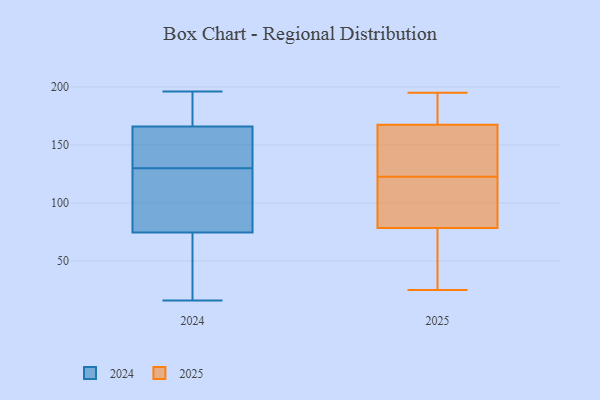
{"axis": {"x": "Latency (ms)", "y": "Value"}, "legend": ["2024", "2025"], "data": [{"x": "", "y": 94, "type": "2024"}, {"x": "", "y": 183, "type": "2024"}, {"x": "", "y": 174, "type": "2024"}, {"x": "", "y": 25, "type": "2024"}, {"x": "", "y": 196, "type": "2024"}, {"x": "", "y": 104, "type": "2024"}, {"x": "", "y": 156, "type": "2024"}, {"x": "", "y": 130, "type": "2024"}, {"x": "", "y": 55, "type": "2024"}, {"x": "", "y": 130, "type": "2024"}, {"x": "", "y": 158, "type": "2024"}, {"x": "", "y": 16, "type": "2024"}, {"x": "", "y": 117, "type": "2025"}, {"x": "", "y": 174, "type": "2025"}, {"x": "", "y": 129, "type": "2025"}, {"x": "", "y": 128, "type": "2025"}, {"x": "", "y": 75, "type": "2025"}, {"x": "", "y": 194, "type": "2025"}, {"x": "", "y": 192, "type": "2025"}, {"x": "", "y": 80, "type": "2025"}, {"x": "", "y": 161, "type": "2025"}, {"x": "", "y": 136, "type": "2025"}, {"x": "", "y": 195, "type": "2025"}, {"x": "", "y": 190, "type": "2025"}, {"x": "", "y": 156, "type": "2025"}, {"x": "", "y": 87, "type": "2025"}, {"x": "", "y": 37, "type": "2025"}, {"x": "", "y": 25, "type": "2025"}, {"x": "", "y": 82, "type": "2025"}, {"x": "", "y": 91, "type": "2025"}, {"x": "", "y": 77, "type": "2025"}, {"x": "", "y": 69, "type": "2025"}]}